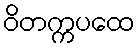
ဝိတက္ကပထေ